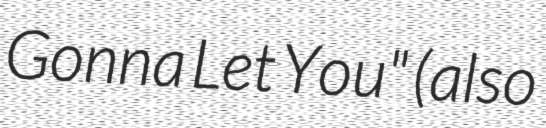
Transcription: Gonna Let You" (also